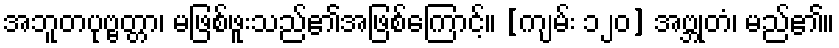
အဘူတပုဗ္ဗတ္တာ၊ မဖြစ်ဖူးသည်၏အဖြစ်ကြောင့်။ [ကျမ်း ၁၂၀] အဗ္ဘုတံ၊ မည်၏။